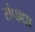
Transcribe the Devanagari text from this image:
संपाद्या